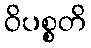
ဝိပစ္စတိ